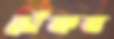
সেঁকব